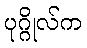
ပုဂ္ဂိုလ်က